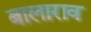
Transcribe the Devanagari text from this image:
बालाराव